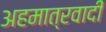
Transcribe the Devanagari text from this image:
अहमात्रवादी